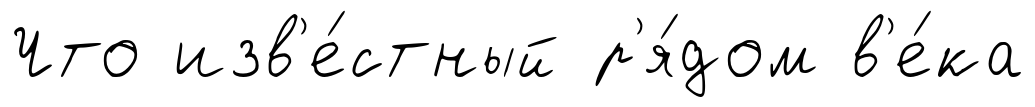
Что изв'е́стный р'я́дом в'е́ка